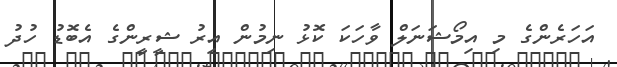
އަހަރެންގެ މި އިމޯޝަނަލް ވާހަކަ ކޮޅު ނިމުން އިރު ޝީރީންގެ އެބޮޑު ހުދު